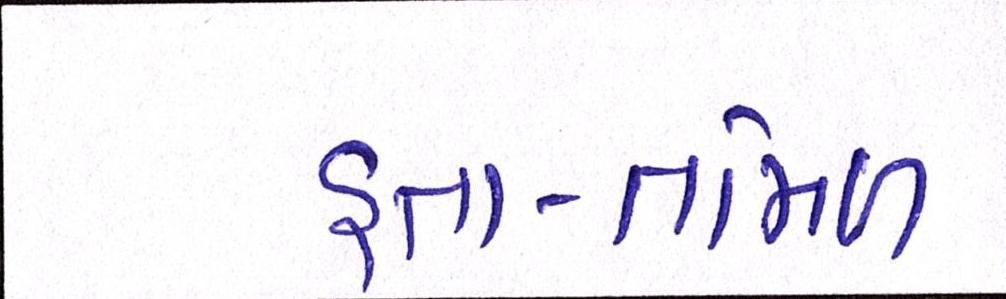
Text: હતા-તમિળ